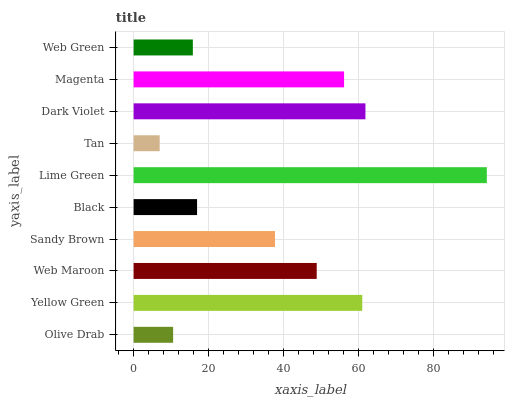
| yaxis_label | bars |
 | --- | --- |
 | Olive Drab | 10.6 |
 | Yellow Green | 61.1 |
 | Web Maroon | 48.9 |
 | Sandy Brown | 37.8 |
 | Black | 16.9 |
 | Lime Green | 94.3 |
 | Tan | 6.96 |
 | Dark Violet | 61.9 |
 | Magenta | 56.2 |
 | Web Green | 15.8 |